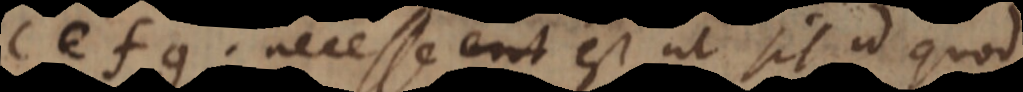
f, g, necesse est ut sit id quod